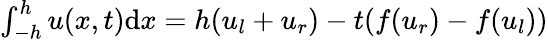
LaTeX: \begin{array}{r}{\int_{-h}^{h}u(x,t)\textrm{d}x=h(u_{l}+u_{r})-t(f(u_{r})-f(u_{l}))}\end{array}